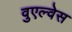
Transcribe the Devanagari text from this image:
वुएल्वेस